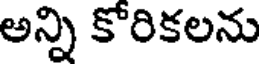
అన్ని కోరికలను